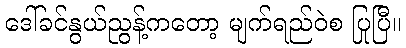
ဒေါ်ခင်နွယ်ညွန့်ကတော့ မျက်ရည်ဝဲစ ပြုပြီ။